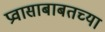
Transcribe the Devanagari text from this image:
प्रवासाबाबतच्या